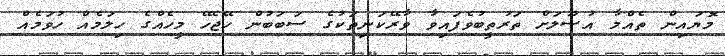
މޮޔައިން ތެއްމާ އުޞޫލަށް ތަރުތީބުވެފައިވާ ވާރޭކަނިތަކުގެ ސަބަބުން ހޭޖެހޭ މީހެއްގެ ހިލަމެއް ހުވަމެއް